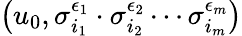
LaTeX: \left(u_{0},\sigma_{i_{1}}^{\epsilon_{1}}\cdot\sigma_{i_{2}}^{\epsilon_{2}}\cdots\sigma_{i_{m}}^{\epsilon_{m}}\right)